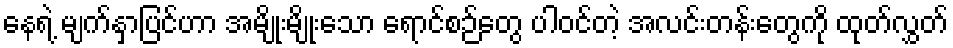
နေရဲ့ မျက်နှာပြင်ဟာ အမျိုးမျိုးသော ရောင်စဉ်တွေ ပါဝင်တဲ့ အလင်းတန်းတွေကို ထုတ်လွှတ်